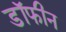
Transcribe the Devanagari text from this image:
डॉफीन